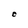
Character: C